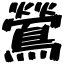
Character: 鶯